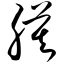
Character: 膜